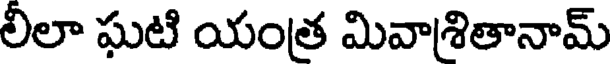
లీలా ఘటి యంత్ర మివాశితానామ్